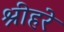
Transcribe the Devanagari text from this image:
श्रीहरे